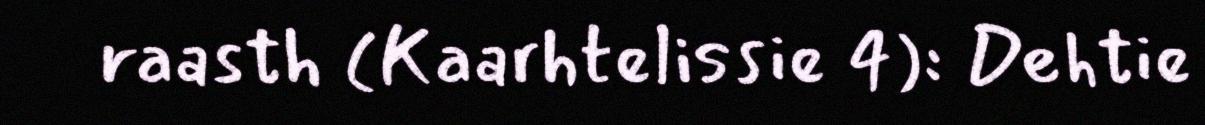
raasth (Kaarhtelissie 4): Dehtie